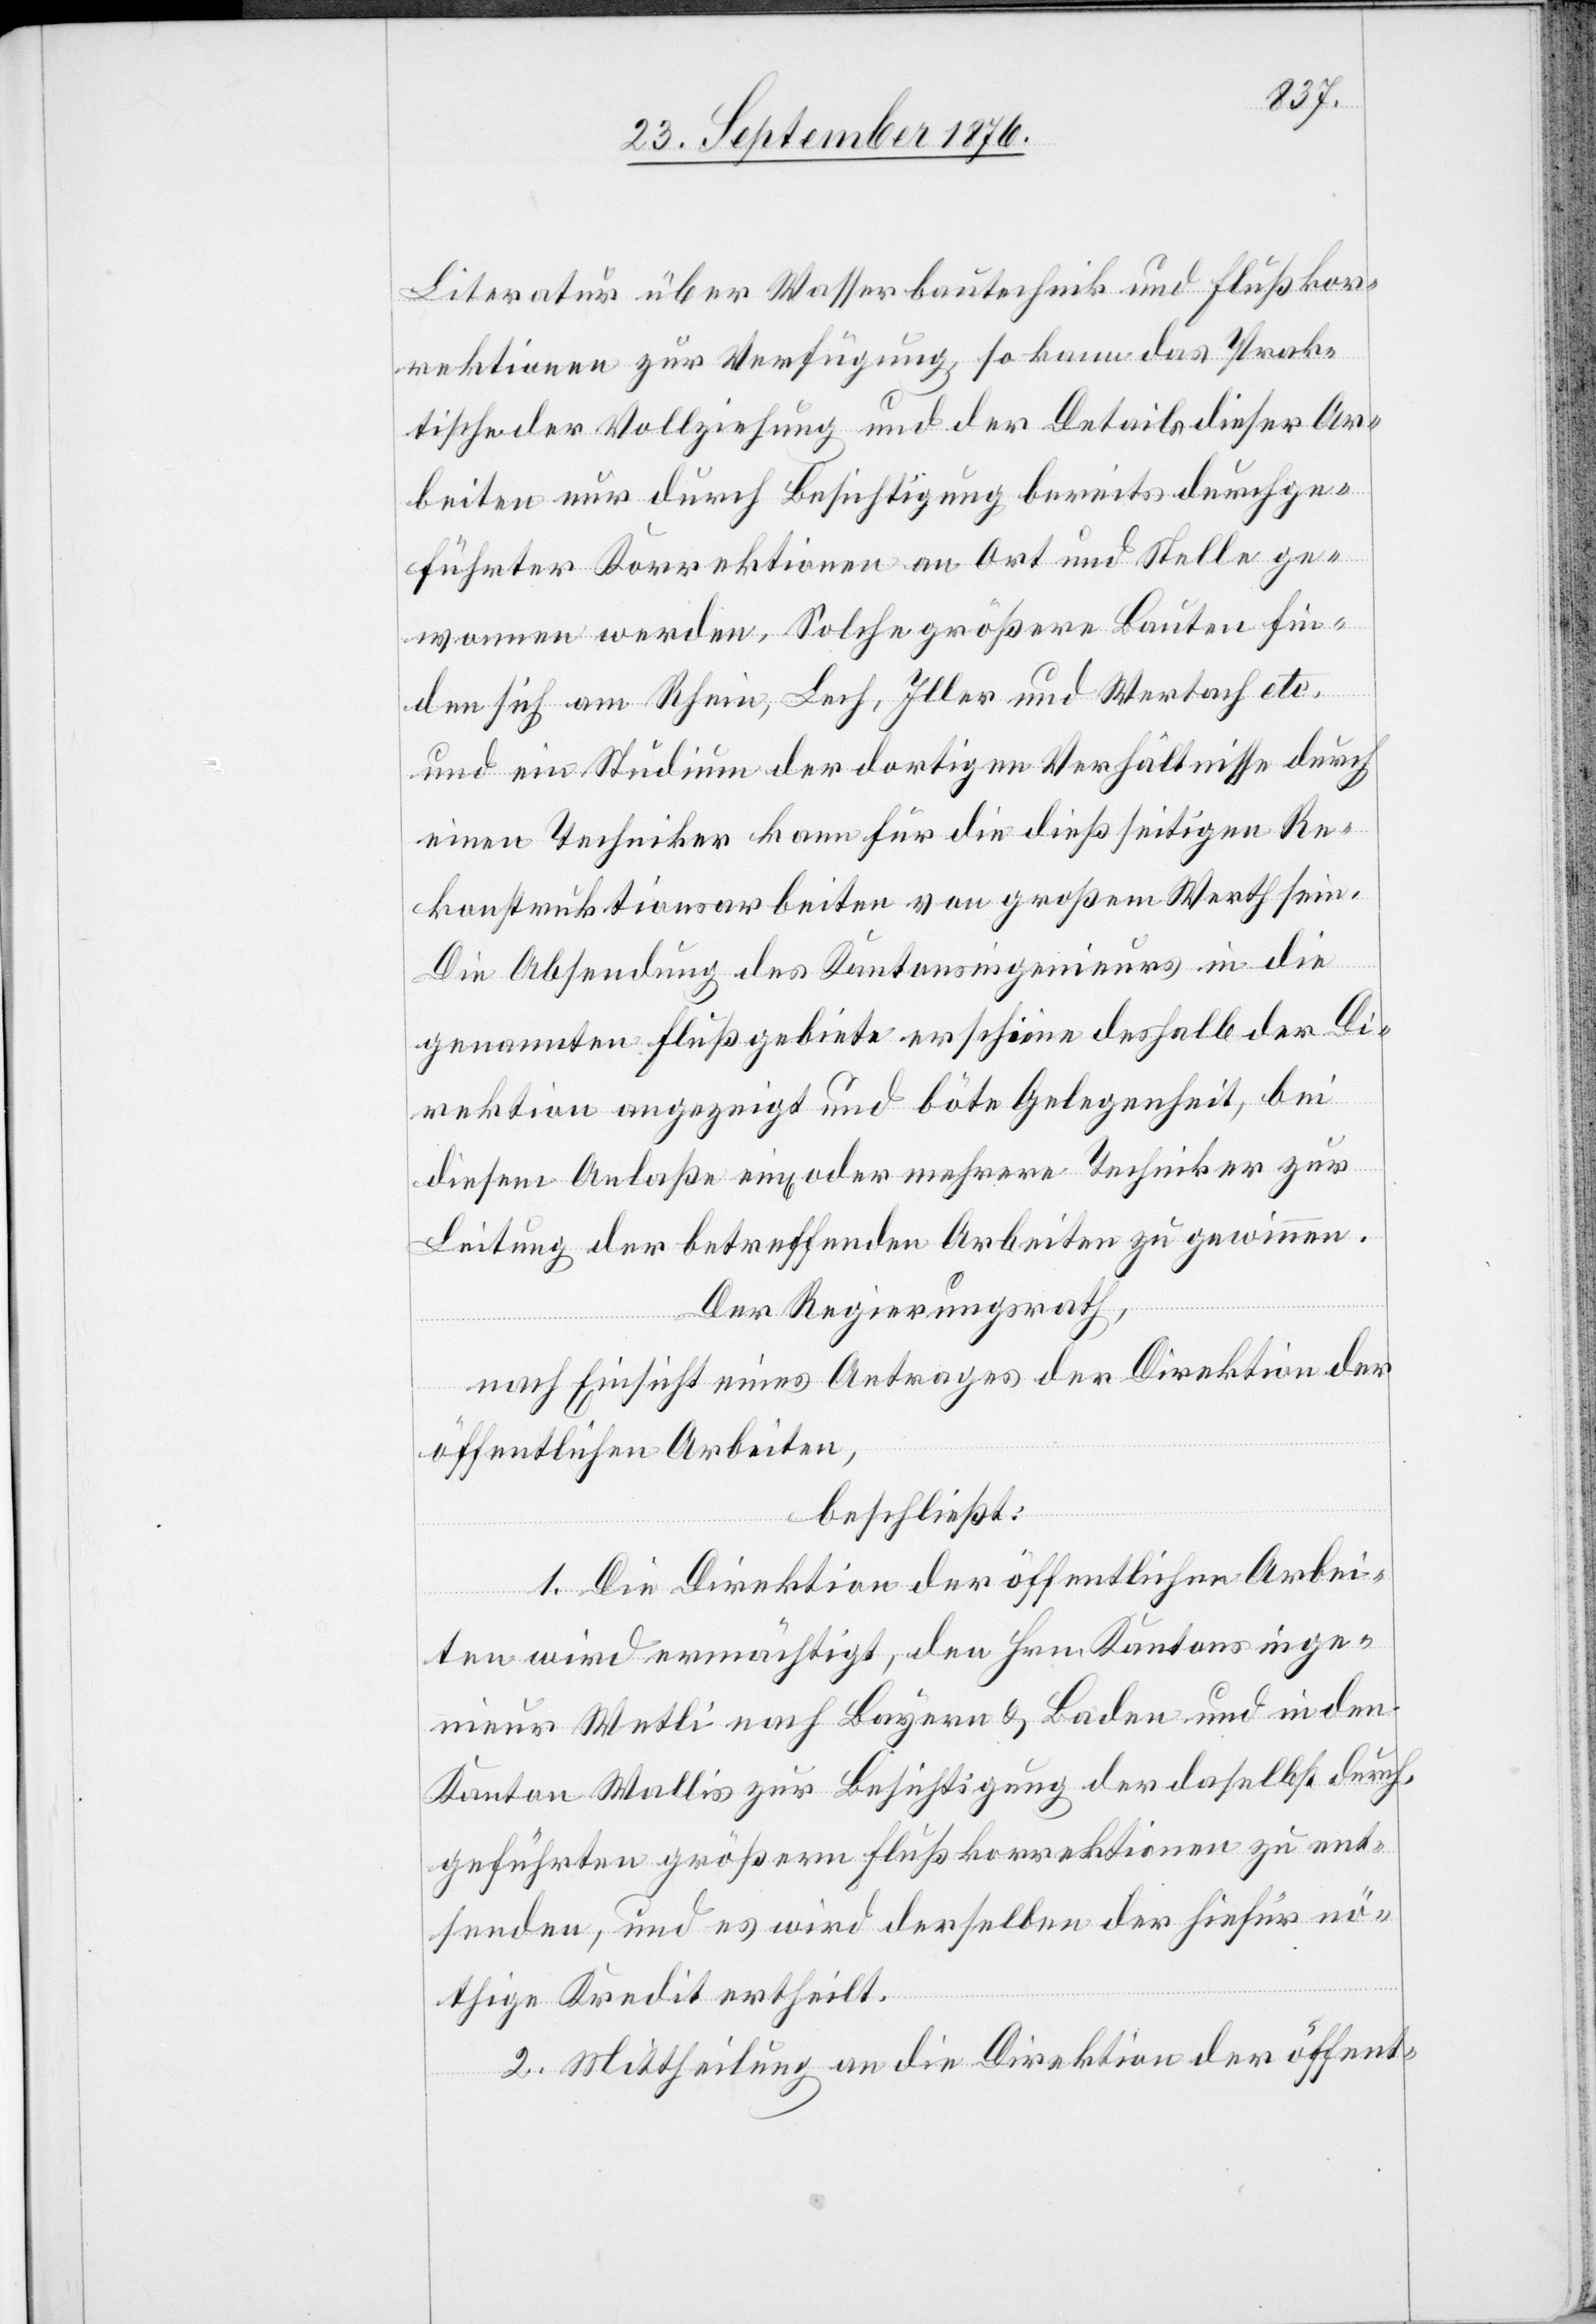
Literatur über Wasserbautechnik und Flußkor¬
rektionen zur Verfügung, so kann das Prak¬
tische der Vollziehung und der Details dieser Ar¬
beit nur durch Besichtigung bereits durchge¬
führter Korrektionen an Ort und Stelle vorge¬
nommen werden. Solche größern Bauten fin¬
den sich am Rhein, Iller und Wertach etc.
und ein Studium der dortigen Verhältnisse durch
einen Techniker kann für die dießseitigen Re¬
konstruktionsarbeiten von großem Werth sein.
Die Absendung des Kantonsingenieurs in die
genannten Flußgebiete erscheine deshalb der Di¬
rektion angezeigt und böte Gelegenheit, bei
diesem Anlaße ein oder mehrere Techniker zur
Leitung der betreffenden Arbeiten zu gewinnen.
Der Regierungsrath,
nach Einsicht eines Antrages der Direktion der
öffentlichen Arbeiten,
beschließt:
1. Die Direktion der öffentlichen Arbei¬
ten wird ermächtigt, den Hrn. Kantonsinge¬
nieur Wetli nach Bayern & Baden und in den
Kanton Wallis zur Besichtigung der daselbst durch¬
geführten größern Flußkorrektionen zu ent¬
senden, und es wird derselben der hierfür nö¬
thige Kredit ertheilt.
2. Mittheilung an die Direktion der öffent-